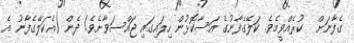
ގެފާނަށް  ކުރެއްވީމެވެ. ކަލޭގެފާނުގެ އަސާކޮޅުން ހިލައިގައި ޖައްސަވާށެވެ! ދެން (އެކަލޭގެފާނު އެ